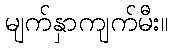
မျက်နှာကျက်မီး။